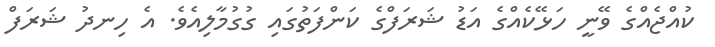
ކުއްޖެއްގެ ވޭނީ ހަޅޭކެއްގެ އަޑު ޝަރަފްގެ ކަންފަތުގައި ގުގުމާލިއެވެ. އެ ހިނދު ޝަރަފް